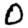
Digit: 0